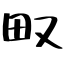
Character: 𤰖